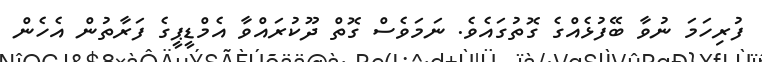
ފުރިހަމަ ނުވާ ބޭފުޅެއްގެ ގޮތުގައެވެ. ނަމަވެސް ގޮތް ދޫކުރައްވާ އެމްޑީޕީގެ ފަރާތުން އެހެން